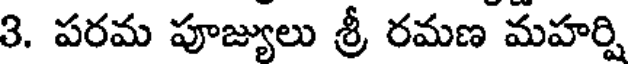
3. పరమ పూజ్యులు శ్రీ రమణ మహర్షి